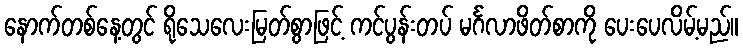
နောက်တစ်နေ့တွင် ရိုသေလေးမြတ်စွာဖြင့် ကင်ပွန်းတပ် မင်္ဂလာဖိတ်စာကို ပေးပေလိမ့်မည်။